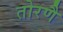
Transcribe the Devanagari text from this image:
तोरणै